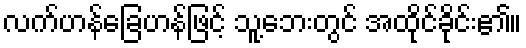
လက်ဟန်ခြေဟန်ဖြင့် သူ့ဘေးတွင် အထိုင်ခိုင်း၏။